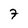
Character: 7